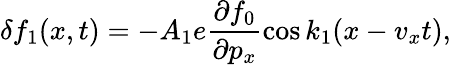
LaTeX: \delta f_{1}(x,t)=-A_{1}e\frac{\partial f_{0}}{\partial p_{x}}\cos k_{1}(x-v_{x}t),